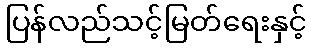
ပြန်လည်သင့်မြတ်ရေးနှင့်